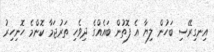
އިނގިރޭސި ބަހުން ލިޔާ އެ ފޮތުން ބައެއްގެ ދިވެހި ތަރުޖަމާ ކޮންމެ ހޮނިހިރު